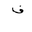
Letter: _fa